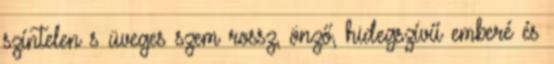
színtelen s üveges szem rossz, önző, hidegszívű emberé és